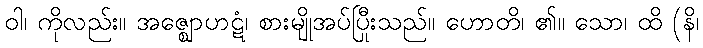
ဝါ၊ ကိုလည်း။ အဇ္ဈောဟဋံ၊ စားမျိုအပ်ပြီးသည်။ ဟောတိ၊ ၏။ သော၊ ထို (နိ၊